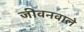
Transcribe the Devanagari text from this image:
जीवनवाले